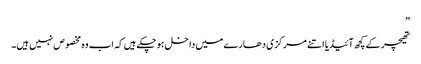
”
تھیچر کے کچھ آئیڈیا اتنے مرکزی دھارے میں داخل ہوچکے ہیں کہ اب وہ مخصوص نہیں ہیں۔